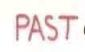
PAST